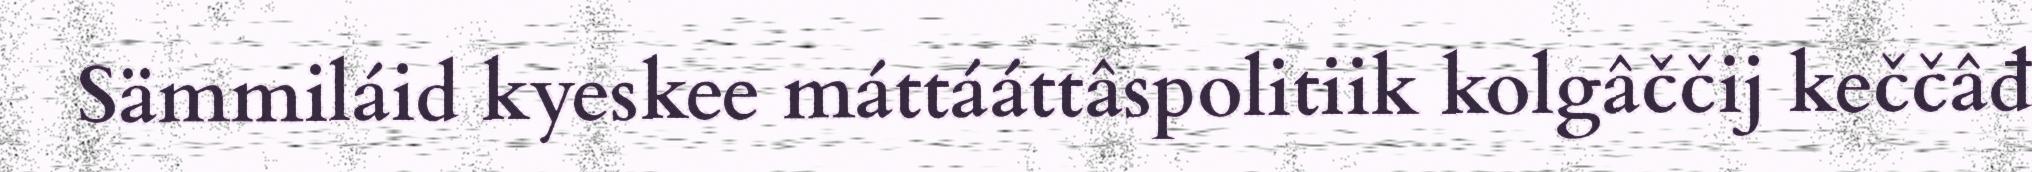
Sämmiláid kyeskee máttááttâspolitiik kolgâččij keččâđ